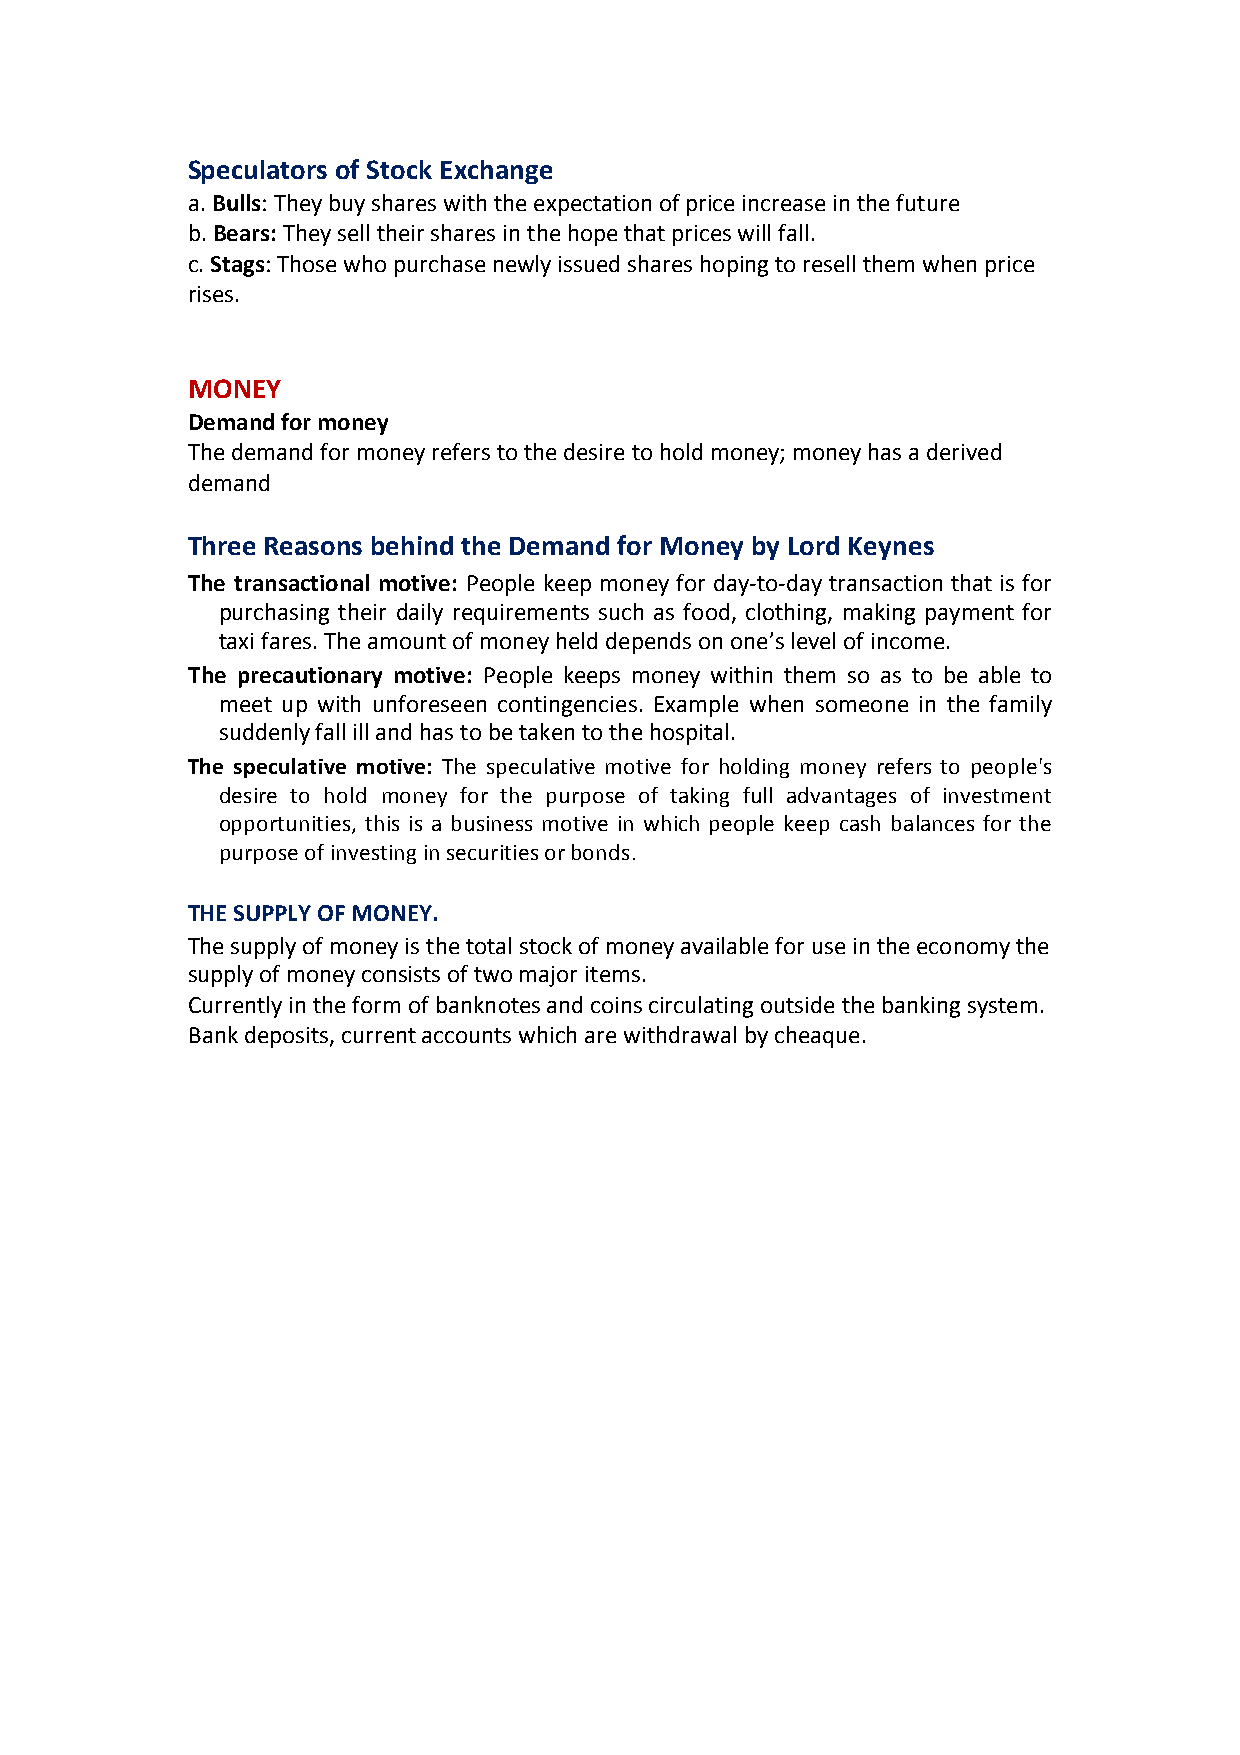
Speculators of Stock Exchange
 a. Bulls: They buy shares with the expectation of price increase in the future
 b. Bears: They sell their shares in the hope that prices will fall.
 c. Stags: Those who purchase newly issued shares hoping to resell them when price
 rises.
 MONEY
 Demand for money
 The demand for money refers to the desire to hold money; money has a derived
 demand
 Three Reasons behind the Demand for Money by Lord Keynes
 The transactional motive: People keep money for day-to-day transaction that is for
 purchasing their daily requirements such as food, clothing, making payment for
 taxi fares. The amount of money held depends on one’s level of income.
 The precautionary motive: People keeps money within them so as to be able to
 meet up with unforeseen contingencies. Example when someone in the family
 suddenly fall ill and has to be taken to the hospital.
 The speculative motive: The speculative motive for holding money refers to people's
 desire to hold money for the purpose of taking full advantages of investment
 opportunities, this is a business motive in which people keep cash balances for the
 purpose of investing in securities or bonds.
 THE SUPPLY OF MONEY.
 The supply of money is the total stock of money available for use in the economy the
 supply of money consists of two major items.
 Currently in the form of banknotes and coins circulating outside the banking system.
 Bank deposits, current accounts which are withdrawal by cheaque.